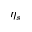
\eta _ { s }